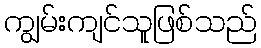
ကျွမ်းကျင်သူဖြစ်သည်